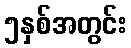
၅နှစ်အတွင်း